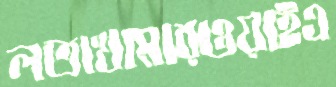
লতাখামারওয়াইএ